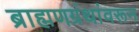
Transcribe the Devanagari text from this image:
ब्राह्मणग्रंथांवरून